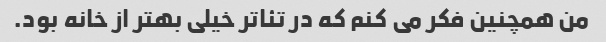
من همچنین فکر می کنم که در تئاتر خیلی بهتر از خانه بود.